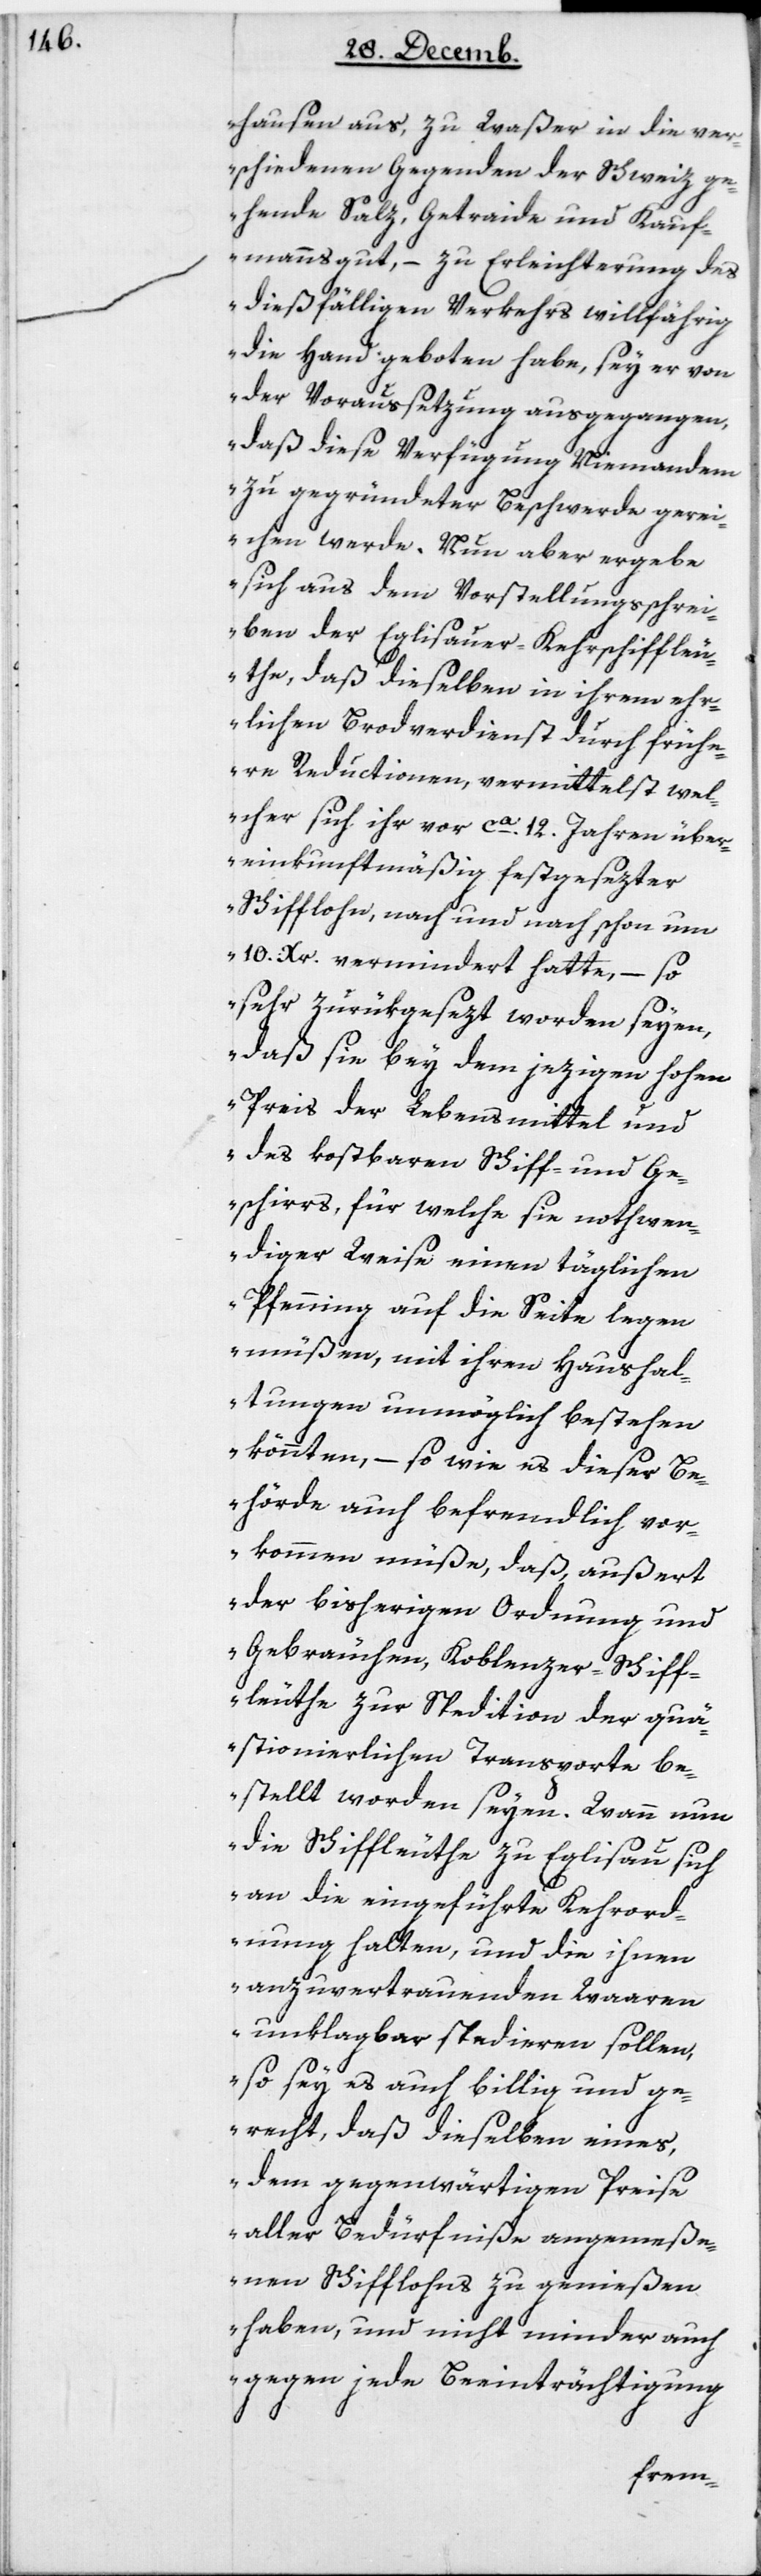
hausen aus, zu Waßer in die ver¬
schiedenen Gegenden der Schweiz ge¬
hende Salz, Getreide und Kauf¬
mannsgut, – zu Erleichterung des
dießfälligen Verkehrs willfährig
die Hand geboten habe, sey er von
der Voraussetzung ausgegangen,
daß diese Verfügung niemandem
zu gegründeter Beschwerde gerei¬
chen werde. Nun aber ergebe
sich aus dem Vorstellungsschrei¬
ben der Eglisauer-Kehrschiffleu¬
the, daß dieselben in ihrem ehr¬
lichen Brodverdienst durch frühe¬
re Reductionen, vermittelst wel¬
cher sich ihr vor ca 12 Jahren über¬
einkunftmäßig festgesetzter
Schifflohn, nach und nach schon um
10 Xr. vermindert hatte, – so
sehr zurükgesezt worden seyen,
daß sie bey dem jetzigen hohen
Preis der Lebensmittel und
des kostbaren Schiff- und Ge¬
schirrs, für welche sie nothwen¬
diger Weise einen täglichen
Pfenning auf die Seite legen
müßen, mit ihren Haushal¬
tungen unmöglich bestehen
könnten, – so wie es dieser Be¬
hörde auch befremdlich vor¬
kommen müße, daß außert
der bisherigen Ordnung und
Gebräuchen, Koblenzer Schiff¬
leuthe zur Spedition der quä¬
stionierlichen Transporte be¬
stellt worden seyen. Wann nun
die Schiffleute zu Eglisau sich
an die eingeführte Kehrord¬
nung halten, und die ihnen
anzuvertrauenden Waaren
unklagbar spedieren sollen,
so sey es auch billig und ge¬
recht, daß dieselben eines,
dem gegenwärtigen Preise
aller Bedürfniße angemeße¬
nen Schifflohns zu genießen
haben, und nicht minder auch
gegen jede Beeinträchtigung